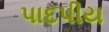
પાદપીય